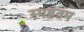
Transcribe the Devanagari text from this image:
स्पष्टतम